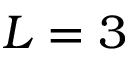
L = 3